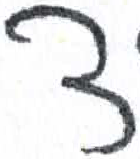
אות: צ